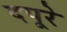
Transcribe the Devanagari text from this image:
दपूरे